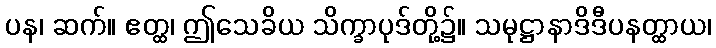
ပန၊ ဆက်။ ဧတ္ထ၊ ဤသေခိယ သိက္ခာပုဒ်တို့၌။ သမုဋ္ဌာနာဒိဒီပနတ္ထာယ၊